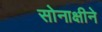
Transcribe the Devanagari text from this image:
सोनाक्षीने